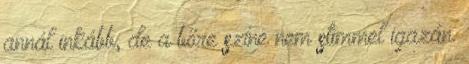
annál inkább, de a bőre színe nem stimmel igazán.